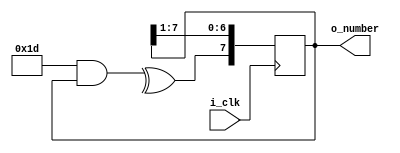
module PRNG_8bit (o_number, i_clk);

output reg [7:0] o_number = 8'b10110101; //Initial value of 181 (Next = 218)
input i_clk;

reg in_sr;
wire [7:0] px = 8'b0011101; //x^4 + x^3 + x^2 + 1

always @ (*)
begin
in_sr = ^ (px [7:0] & o_number [7:0]); //bitwise xor reduction of the bitwise and between px and sx
end

//Shift Register
always @ (posedge i_clk)
begin
	o_number[6:0] <= o_number[7:1];
	o_number[7] <= in_sr;
end

endmodule